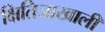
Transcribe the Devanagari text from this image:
क्षितिजाखाली